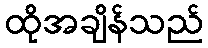
ထိုအချိန်သည်